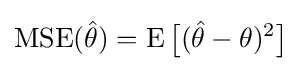
\operatorname {MSE} ({\hat {\theta }})=\operatorname {E} {\big [}({\hat {\theta }}-\theta )^{2}{\big ]}